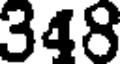
348